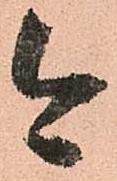
今